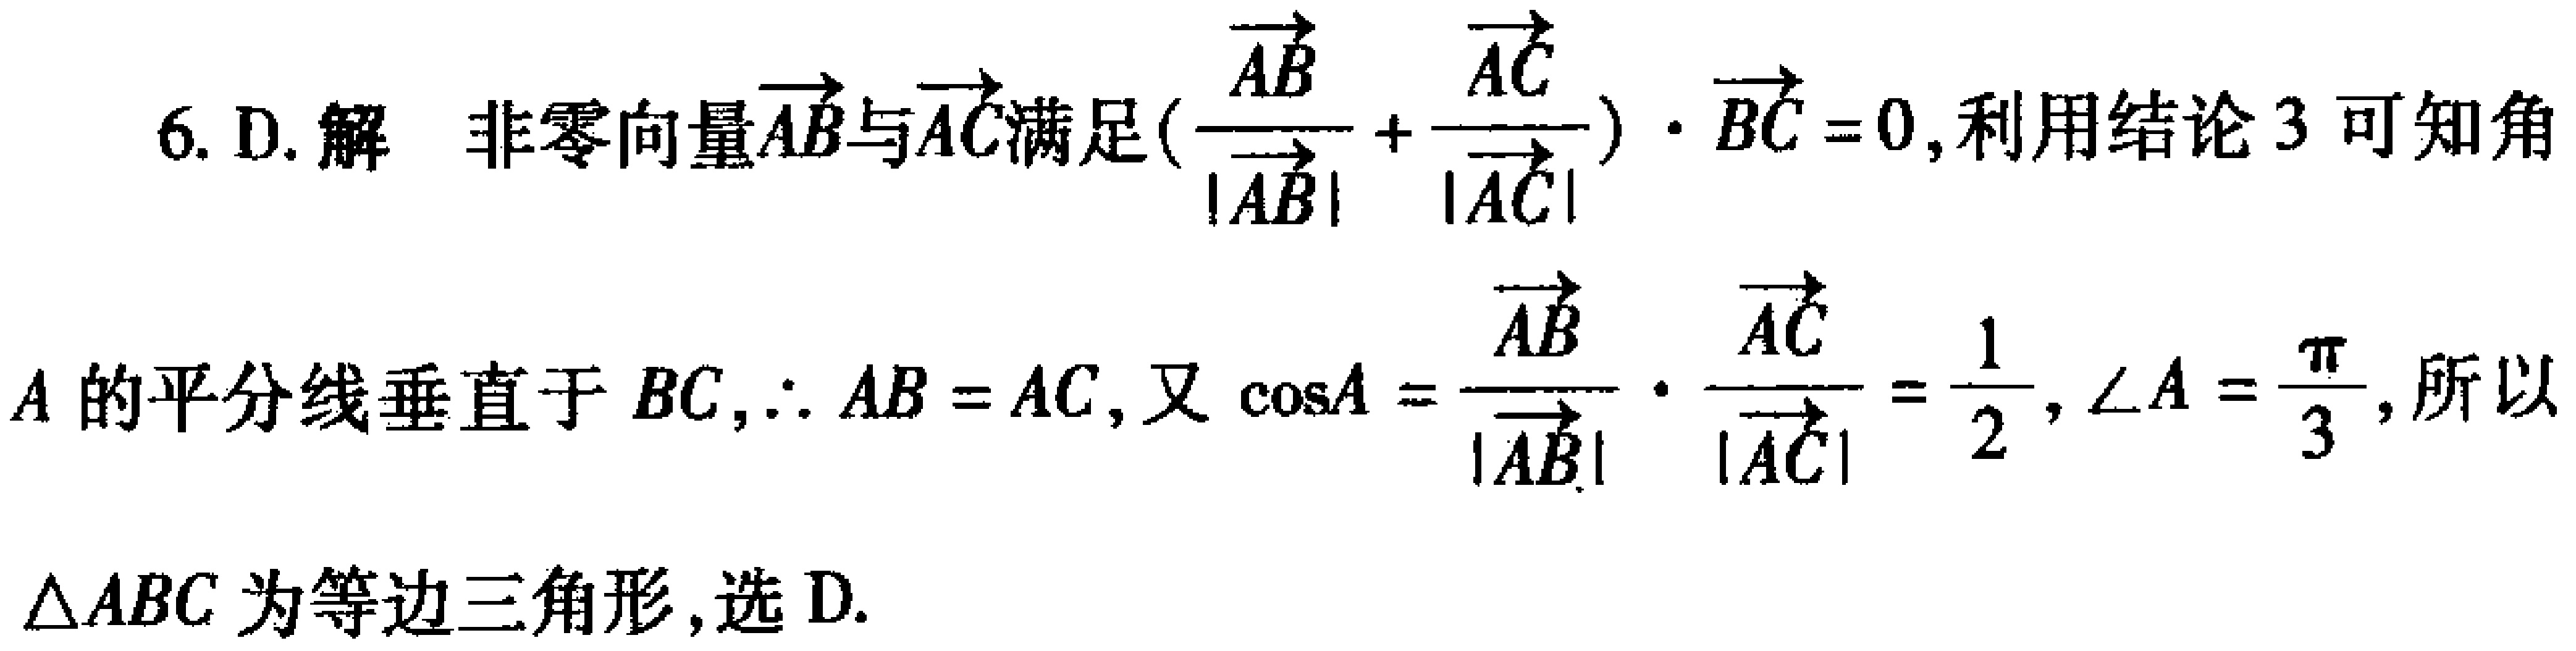
6. D. 解 非零向量$\overrightarrow{AB}$与$\overrightarrow{AC}$满足$(\frac{\overrightarrow{AB}}{|\overrightarrow{AB}|}+\frac{\overrightarrow{AC}}{|\overrightarrow{AC}|})\cdot\overrightarrow{BC} = 0$, 利用结论 3 可知角
$A$的平分线垂直于$BC$, $\therefore AB = AC$, 又$\cos A=\frac{\overrightarrow{AB}}{|\overrightarrow{AB}|}\cdot\frac{\overrightarrow{AC}}{|\overrightarrow{AC}|}=\frac{1}{2}$, $\angle A=\frac{\pi}{3}$, 所以
$\triangle ABC$为等边三角形, 选 D.